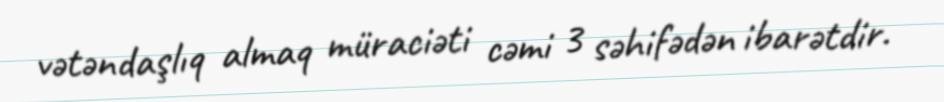
vətəndaşlıq almaq müraciəti cəmi 3 səhifədən ibarətdir.